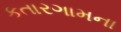
કતારગામના